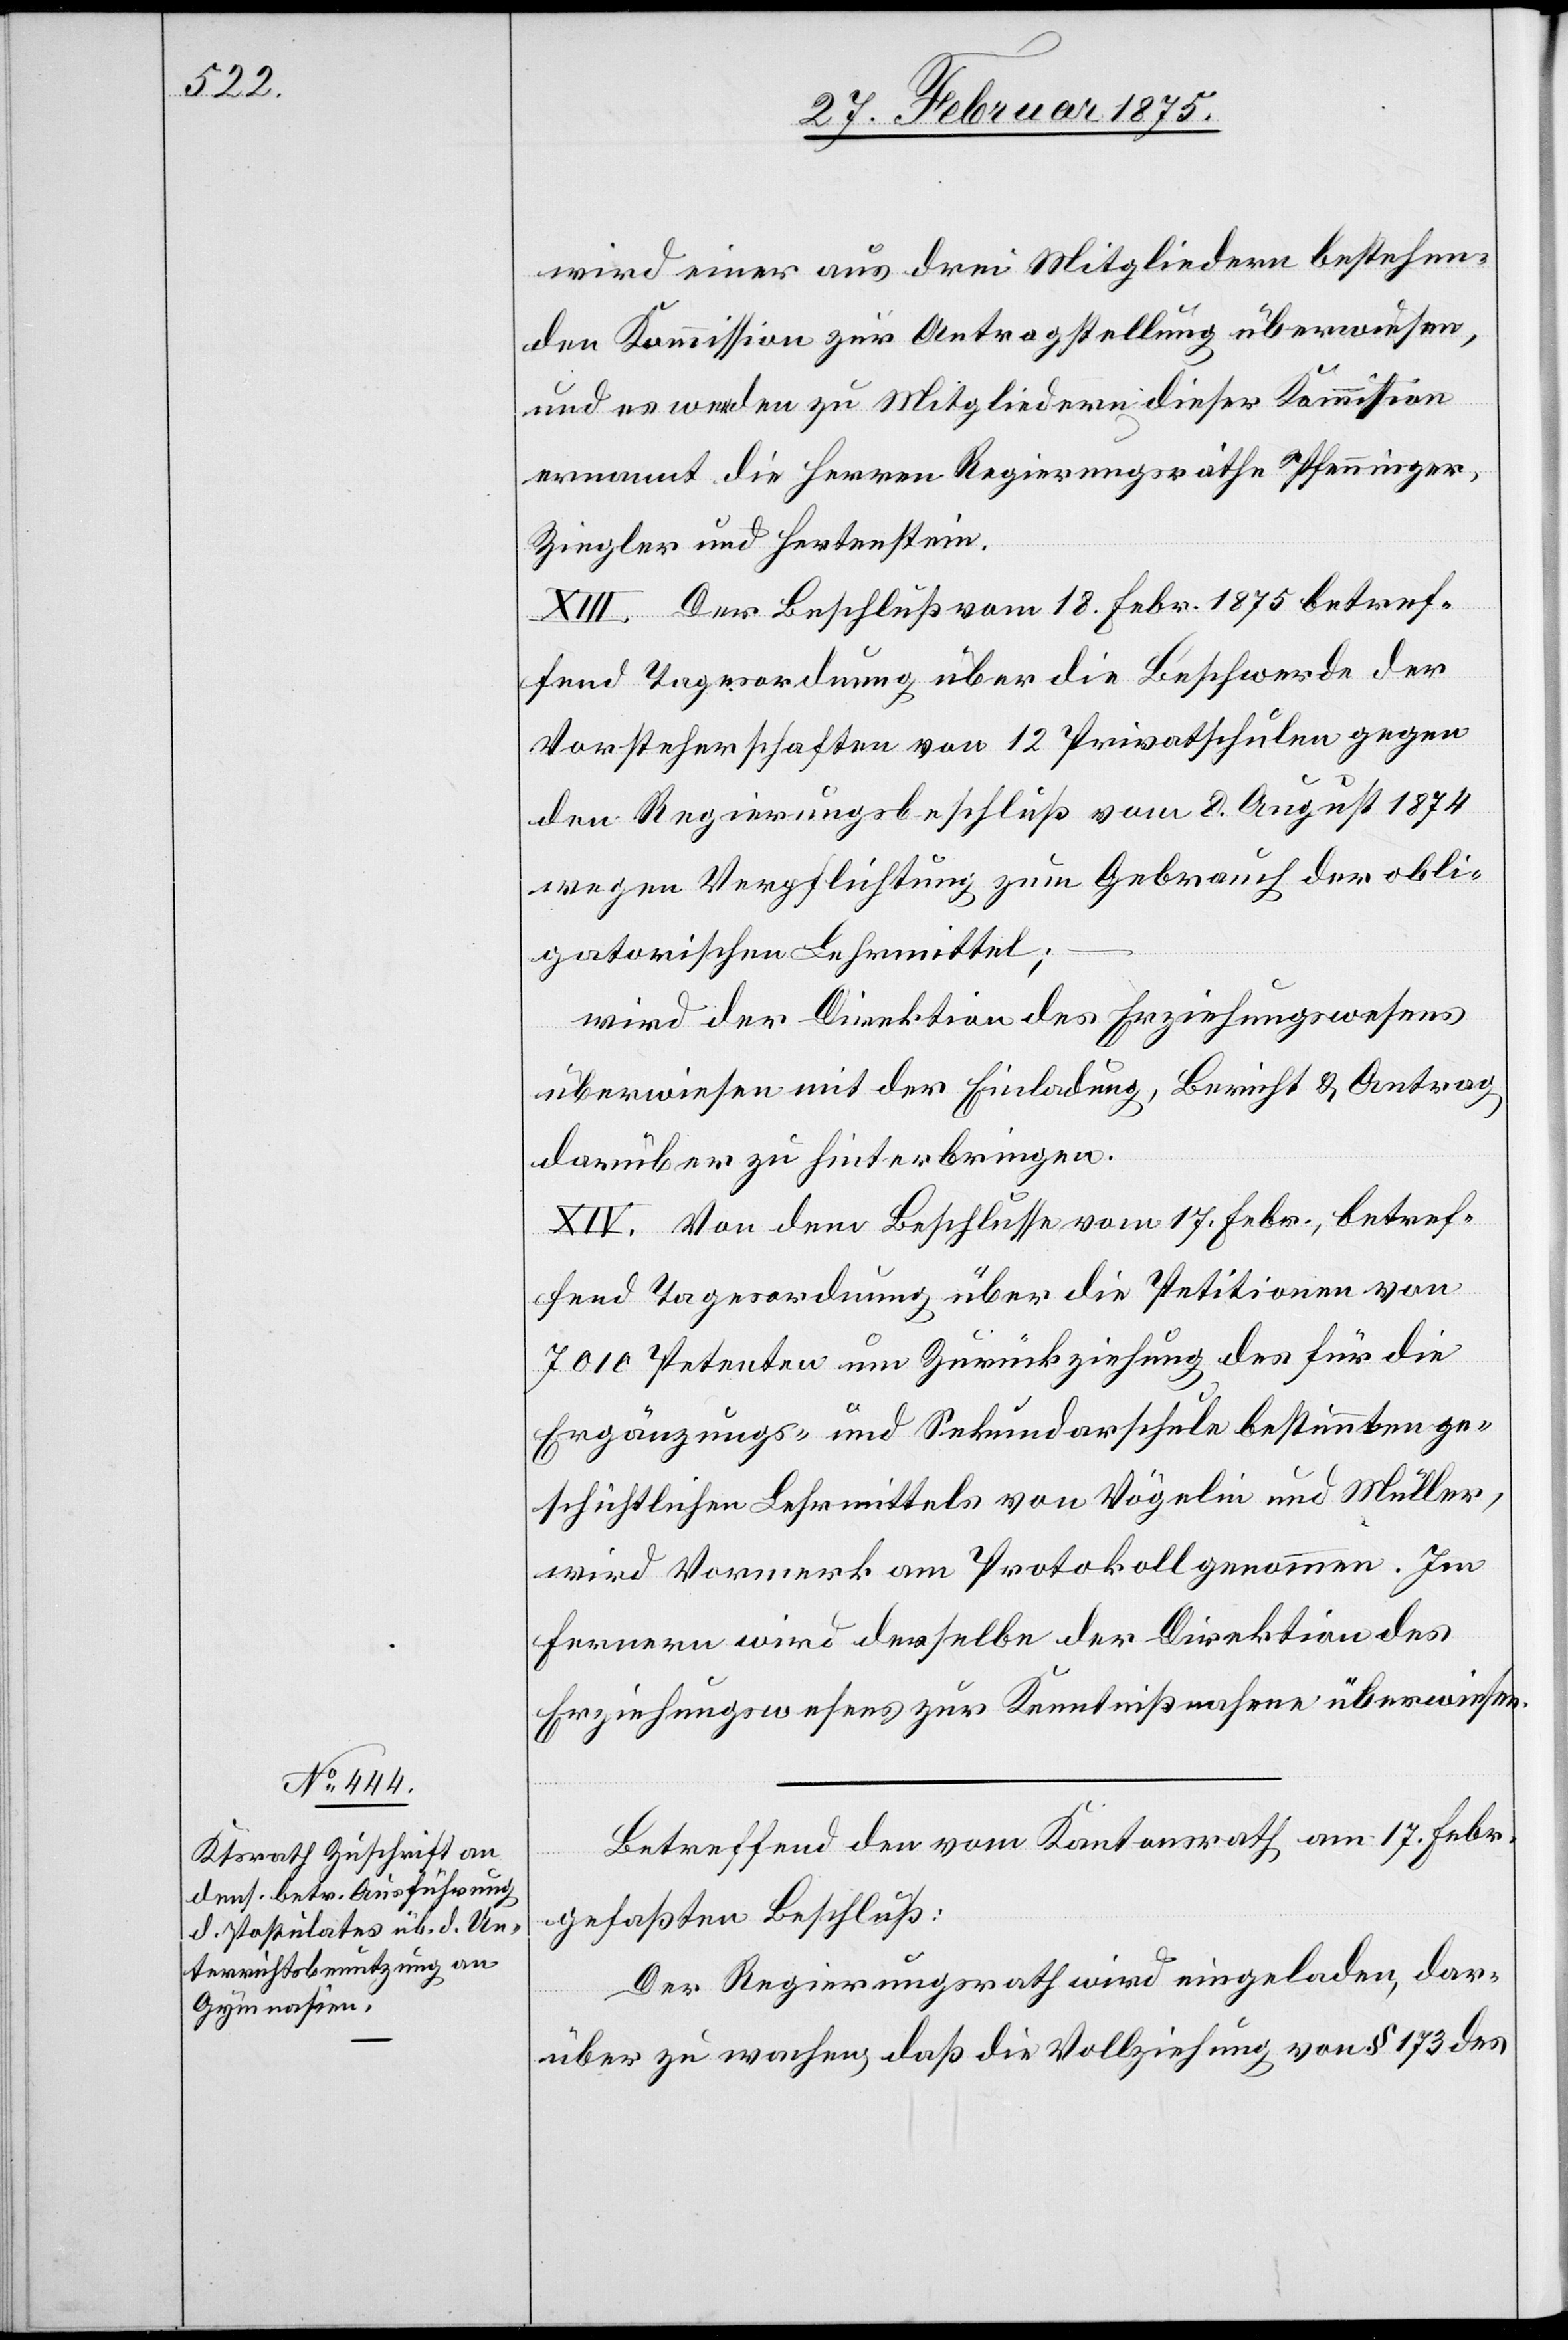
wird einer aus drei Mitgliedern bestehen¬
den Kommission zur Antragstellung überwiesen,
und es werden zur Mitgliedern dieser Kommission
ernannt die Herren Regierungsräthe Pfenninger,
Ziegler und Hertenstein.
XIII. Der Beschluß vom 18. Febr. 1875 betref¬
fend Tagesordnung über die Beschwerde der
Vorsteherschaften von 12 Privatschulen gegen
den Regierungsbeschluß vom 8. August 1874
wegen Verpflichtung zum Gebrauch der obli¬
gatorischen Lehrmittel;
wird der Direktion des Erziehungswesens
überwiesen mit der Einladung, Bericht & Antrag
darüber zu hinterbringen.
XIV. Von dem Beschlusse vom 17. Febr., betref¬
fend Tagesordnung über die Petitionen von
7010 Petenten um Zurückziehung des für die
Ergänzungs- und Sekundarschule bestimmten ge¬
schichtlichen Lehrmittels von Vögelin und Müller,
wird Vormerk am Protokoll genommen. Im
Fernern wird derselbe der Direktion des
Erziehungswesens zur Kenntnißnahme überwiesen.
Betreffend den vom Kantonsrath am 17. Febr.
gefaßten Beschluß:
Der Regierungsrath wird eingeladen, dar¬
über zu wachen, daß die Vollziehung von § 173 des